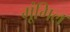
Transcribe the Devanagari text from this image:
मूंगिल